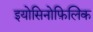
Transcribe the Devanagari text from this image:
इयोसिनोफ़िलिक